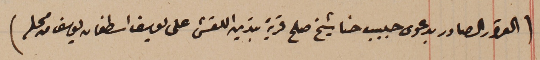
(القرار الصادر بدعوى حبيب حنا شيخ صلح قرية بتدين اللقش على يوسف اسطفان يوسف فى محله)